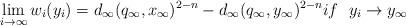
LaTeX: \begin{align*}\lim_{i\rightarrow \infty} w_i(y_i)= d_{\infty}(q_{\infty}, x_{\infty})^{2- n}- d_{\infty}(q_{\infty}, y_{\infty})^{2- n}if\ \ y_i\rightarrow y_{\infty} \end{align*}